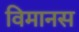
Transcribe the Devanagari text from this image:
विमानस